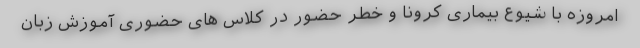
امروزه با شیوع بیماری کرونا و خطر حضور در کلاس های حضوری آموزش زبان